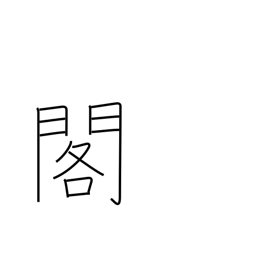
Meaning: palace